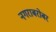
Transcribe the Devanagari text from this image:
नगराबरोबर